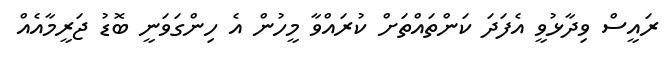
ރައީސް ވިދާޅުވީ އެފަދަ ކަންތައްތަށް ކުރައްވާ މީހުން އެ ހިންގަވަނީ ބޮޑު ޖަރީމާއެއް